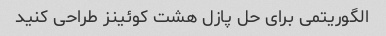
الگوریتمی برای حل پازل هشت کوئینز طراحی کنید